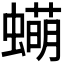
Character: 𬠫